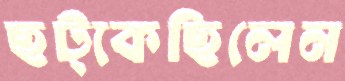
ছট্‌কেছিলেন